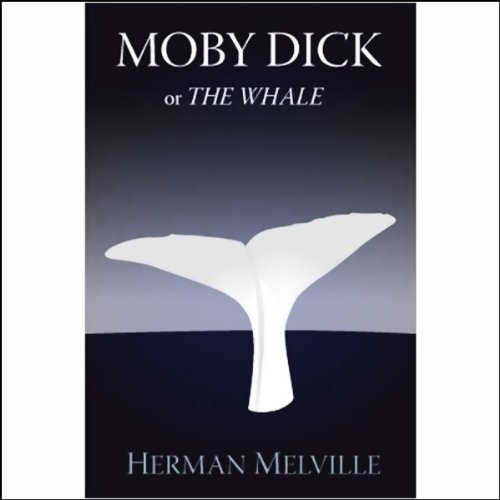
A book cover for Moby Dick (Dramatized); Herman Melville; Literature & Fiction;